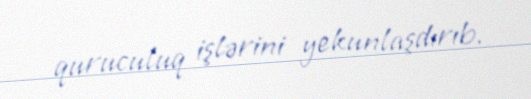
quruculuq işlərini yekunlaşdırıb.